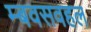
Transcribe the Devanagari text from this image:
म्बवसवहल